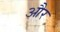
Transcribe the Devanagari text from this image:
और